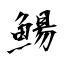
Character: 鰑